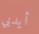
أيديي